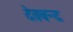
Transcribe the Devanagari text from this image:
देवबन्‍द